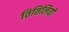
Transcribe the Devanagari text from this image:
तितिलियों